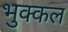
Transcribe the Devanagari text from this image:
भुक्कल